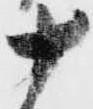
十